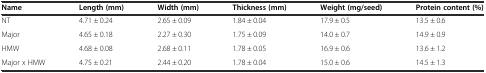
| Name | Length (mm) | Width (mm) | Thickness (mm) | Weight (mg/seed) | Protein content (%) |
 | --- | --- | --- | --- | --- | --- |
 | NT | 4.71 ± 0.24 | 2.65 ± 0.09 | 1.84 ± 0.04 | 17.9 ± 0.5 | 13.5 ± 0.6 |
 | Major | 4.65 ± 0.18 | 2.27 ± 0.30 | 1.75 ± 0.09 | 14.0 ± 0.7 | 14.9 ± 0.9 |
 | HMW | 4.68 ± 0.08 | 2.68 ± 0.11 | 1.78 ± 0.05 | 16.9 ± 0.6 | 13.6 ± 1.2 |
 | Major x HMW | 4.75 ± 0.21 | 2.44 ± 0.20 | 1.78 ± 0.04 | 15.0 ± 0.6 | 14.5 ± 1.3 |